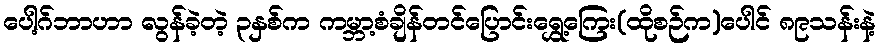
ပေါ့ဂ်ဘာဟာ လွန်ခဲ့တဲ့ ၃နှစ်က ကမ္ဘာ့စံချိန်တင်ပြောင်းရွှေ့ကြေး(ထိုစဉ်က)ပေါင် ၈၉သန်းနဲ့